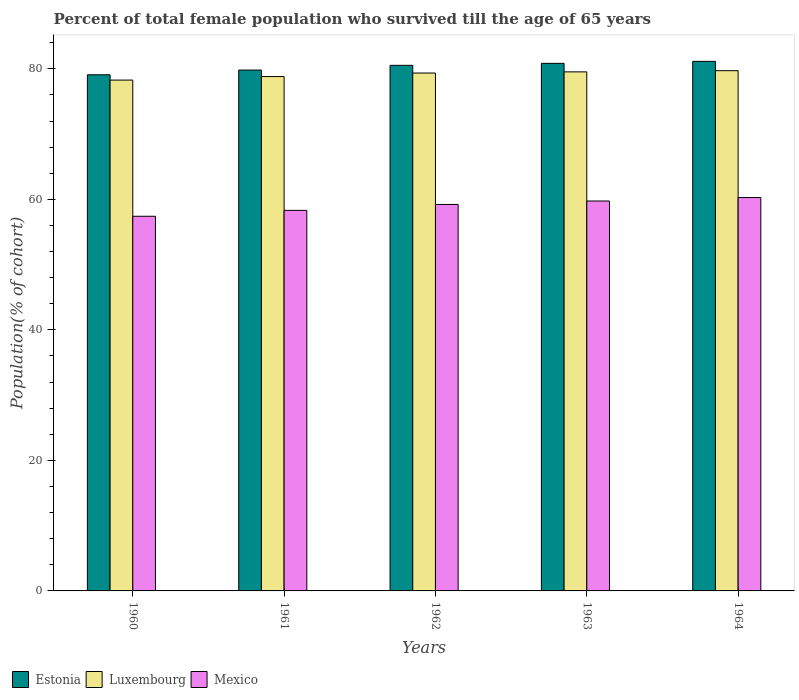
| Years | Estonia | Luxembourg | Mexico |
 | --- | --- | --- | --- |
 | 1960 | 79.1 | 78.3 | 57.4 |
 | 1961 | 79.8 | 78.8 | 58.3 |
 | 1962 | 80.5 | 79.4 | 59.2 |
 | 1963 | 80.8 | 79.5 | 59.7 |
 | 1964 | 81.1 | 79.7 | 60.3 |